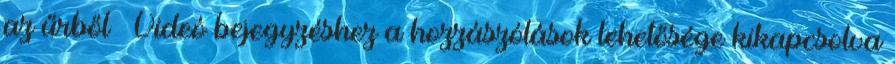
az űrből – Videó bejegyzéshez a hozzászólások lehetősége kikapcsolva